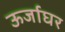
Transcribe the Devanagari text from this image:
ऊर्जाघर